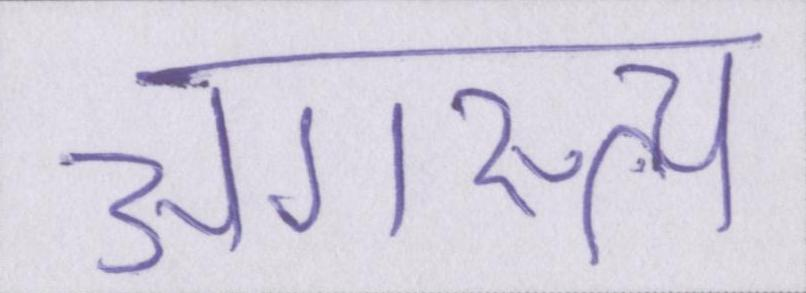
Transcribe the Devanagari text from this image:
अगस्त्य